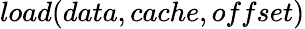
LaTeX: load(data,cache,offset)